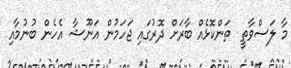
މާ ލަސްވާތީ  ތަންކޮޅެއް ބާރަށް ދޮރުގައި ޖަހަމުން އަނޫޝާ އެހެން ބުނުމާއި